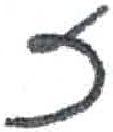
אות: ז